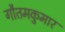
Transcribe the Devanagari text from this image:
गौतमकुमार